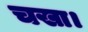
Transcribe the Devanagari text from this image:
चखा।